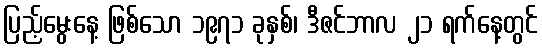
ပြည့်မွေးနေ့ ဖြစ်သော ၁၉၇၁ ခုနှစ်၊ ဒီဇင်ဘာလ ၂၁ ရက်နေ့တွင်